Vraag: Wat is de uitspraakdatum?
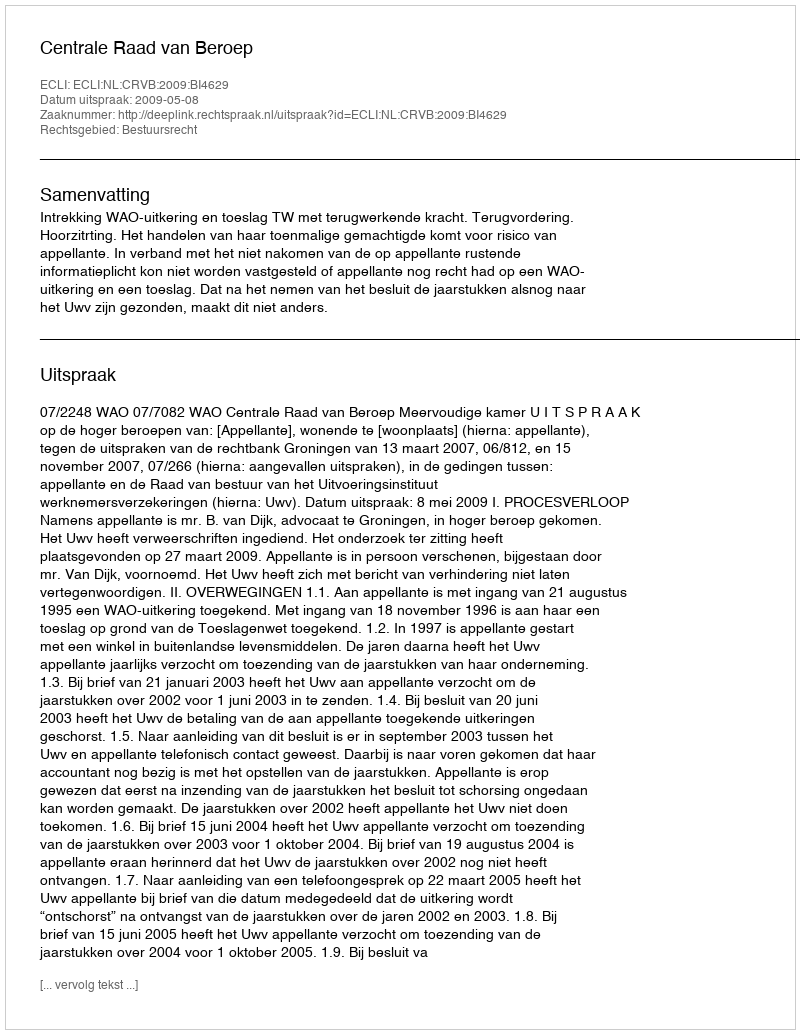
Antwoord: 2009-05-08